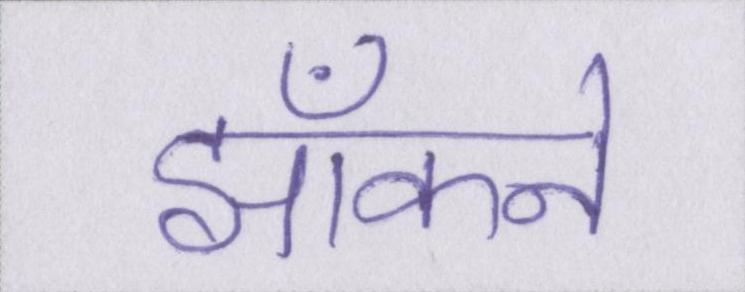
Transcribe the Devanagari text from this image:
झाँकने